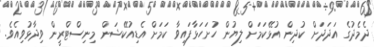
ދެމެދުގެ އަދަދަށް ކުދިން އުޅޭކަމަށް ލިޔުން ހުށަހަޅާފައިވާ ކަމަށް އެޑިއުކޭޝަން މިނިސްޓްރީން ވިދާޅުވިއެވެ.